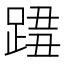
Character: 𨂓